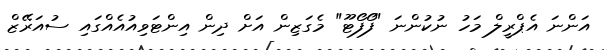
އަންނަ އެޕްރީލް މަހު ނުކުންނަ "ފޯފޯޓޫ" މެގަޒިން އަށް ދިން އިންޓަވިއުއެއްގައި ސުއަރޭޒް